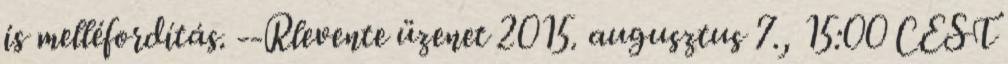
is melléfordítás. --Rlevente üzenet 2015. augusztus 7., 15:00 CEST